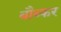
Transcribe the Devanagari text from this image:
बौब्कर